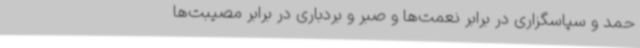
حمد و سپاسگزاری در برابر نعمت‌ها و صبر و بردباری در برابر مصیبت‌ها